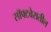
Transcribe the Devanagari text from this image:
सॉफ्टवेरातील